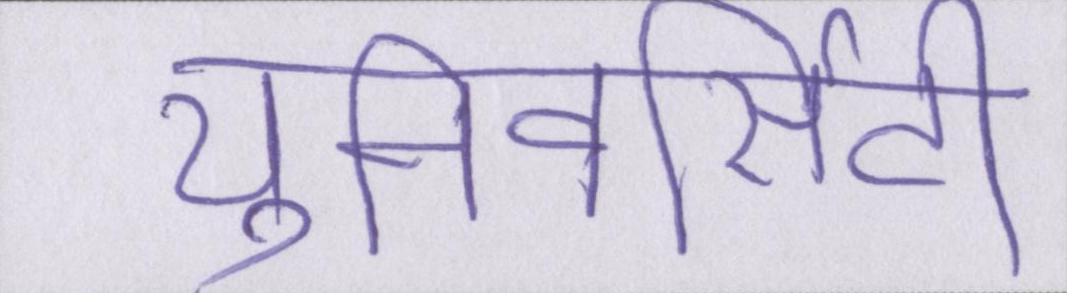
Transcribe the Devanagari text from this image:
युनिवर्सिटी